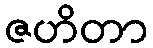
ဇဟိတာ